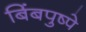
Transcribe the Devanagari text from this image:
बिंबपुष्पे